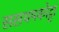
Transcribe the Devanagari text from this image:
ससथमकोट्टा